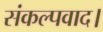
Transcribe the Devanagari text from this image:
संकल्पवाद।